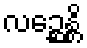
လဉ္ဆေန္တိ